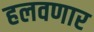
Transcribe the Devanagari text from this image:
हलवणार